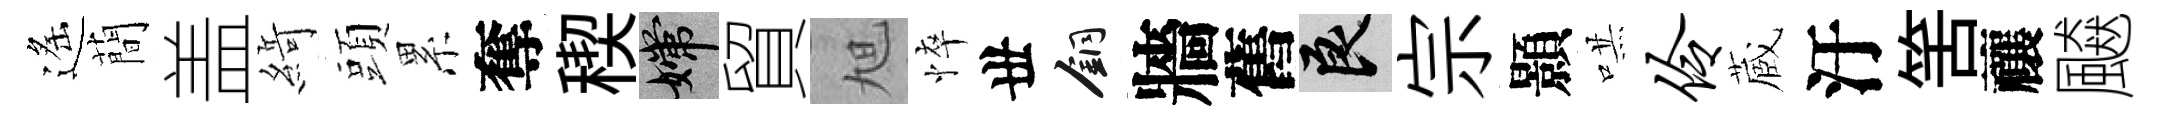
遙蕳盖𦂶頭累奪稧嫦貿旭悴丗銅牆舊良宗顥哄伶蔵汙筈禳飇